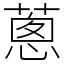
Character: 蔥